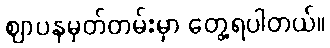
ဈာပနမှတ်တမ်းမှာ တွေ့ရပါတယ်။